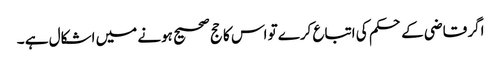
اگر قاضی کے حکم کی اتباع کرے تو اس کا حج صحیح ہونے میں اشکال ہے ۔